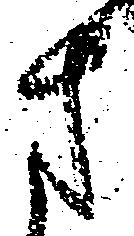
さ